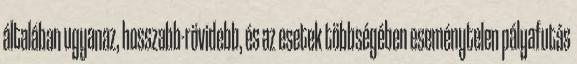
általában ugyanaz, hosszabb-rövidebb, és az esetek többségében eseménytelen pályafutás